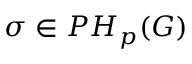
\sigma \in P H _ { p } ( G )